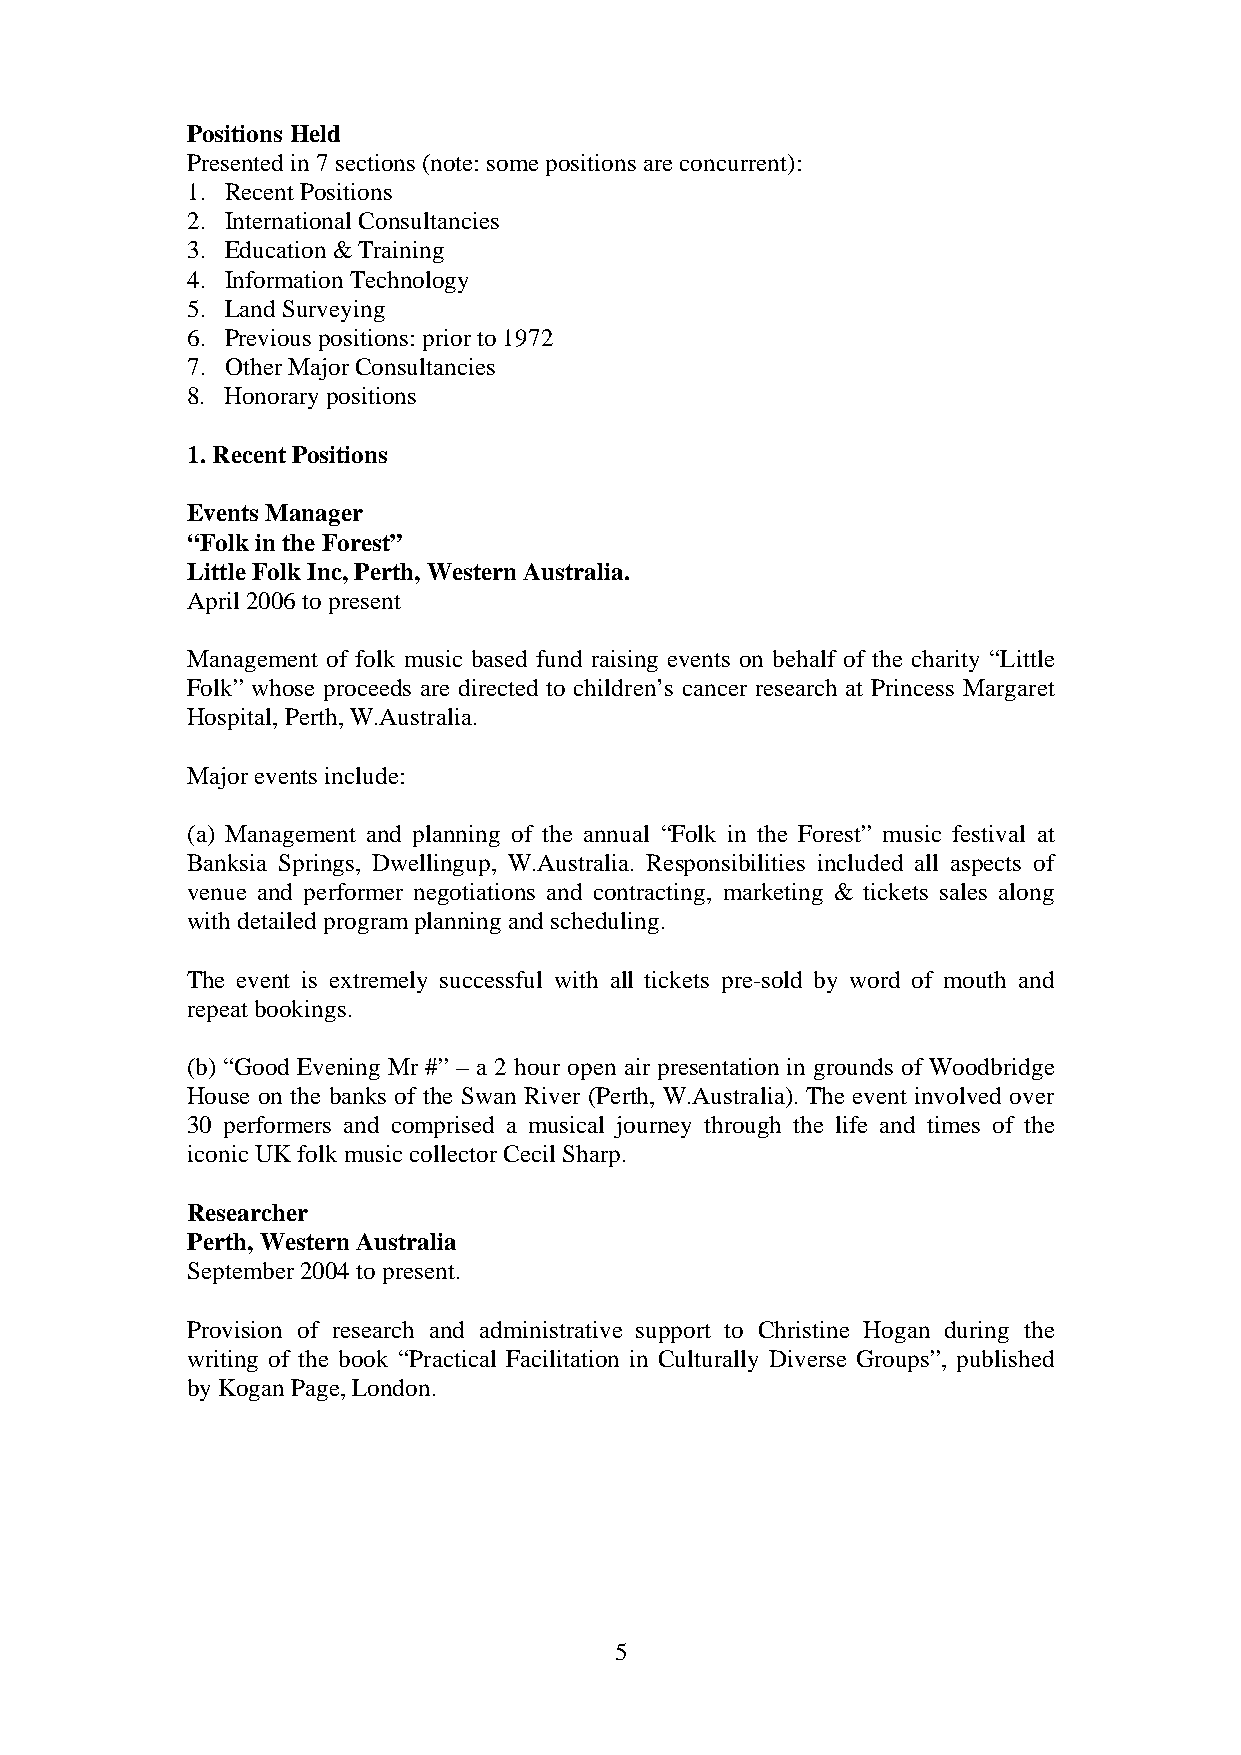
Positions Held
 Presented in 7 sections (note: some positions are concurrent):
 1. Recent Positions
 2. International Consultancies
 3. Education & Training
 4. Information Technology
 5. Land Surveying
 6. Previous positions: prior to 1972
 7. Other Major Consultancies
 8. Honorary positions
 1. Recent Positions
 Events Manager
 “Folk in the Forest”
 Little Folk Inc, Perth, Western Australia.
 April 2006 to present
 Management of folk music based fund raising events on behalf of the charity “Little
 Folk” whose proceeds are directed to children’s cancer research at Princess Margaret
 Hospital, Perth, W.Australia.
 Major events include:
 (a) Management and planning of the annual “Folk in the Forest” music festival at
 Banksia Springs, Dwellingup, W.Australia. Responsibilities included all aspects of
 venue and performer negotiations and contracting, marketing & tickets sales along
 with detailed program planning and scheduling.
 The event is extremely successful with all tickets pre-sold by word of mouth and
 repeat bookings.
 (b) “Good Evening Mr #” – a 2 hour open air presentation in grounds of Woodbridge
 House on the banks of the Swan River (Perth, W.Australia). The event involved over
 30 performers and comprised a musical journey through the life and times of the
 iconic UK folk music collector Cecil Sharp.
 Researcher
 Perth, Western Australia
 September 2004 to present.
 Provision of research and administrative support to Christine Hogan during the
 writing of the book “Practical Facilitation in Culturally Diverse Groups”, published
 by Kogan Page, London.
 5